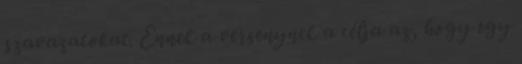
szavazatokat. Ennek a versenynek a célja az, hogy egy